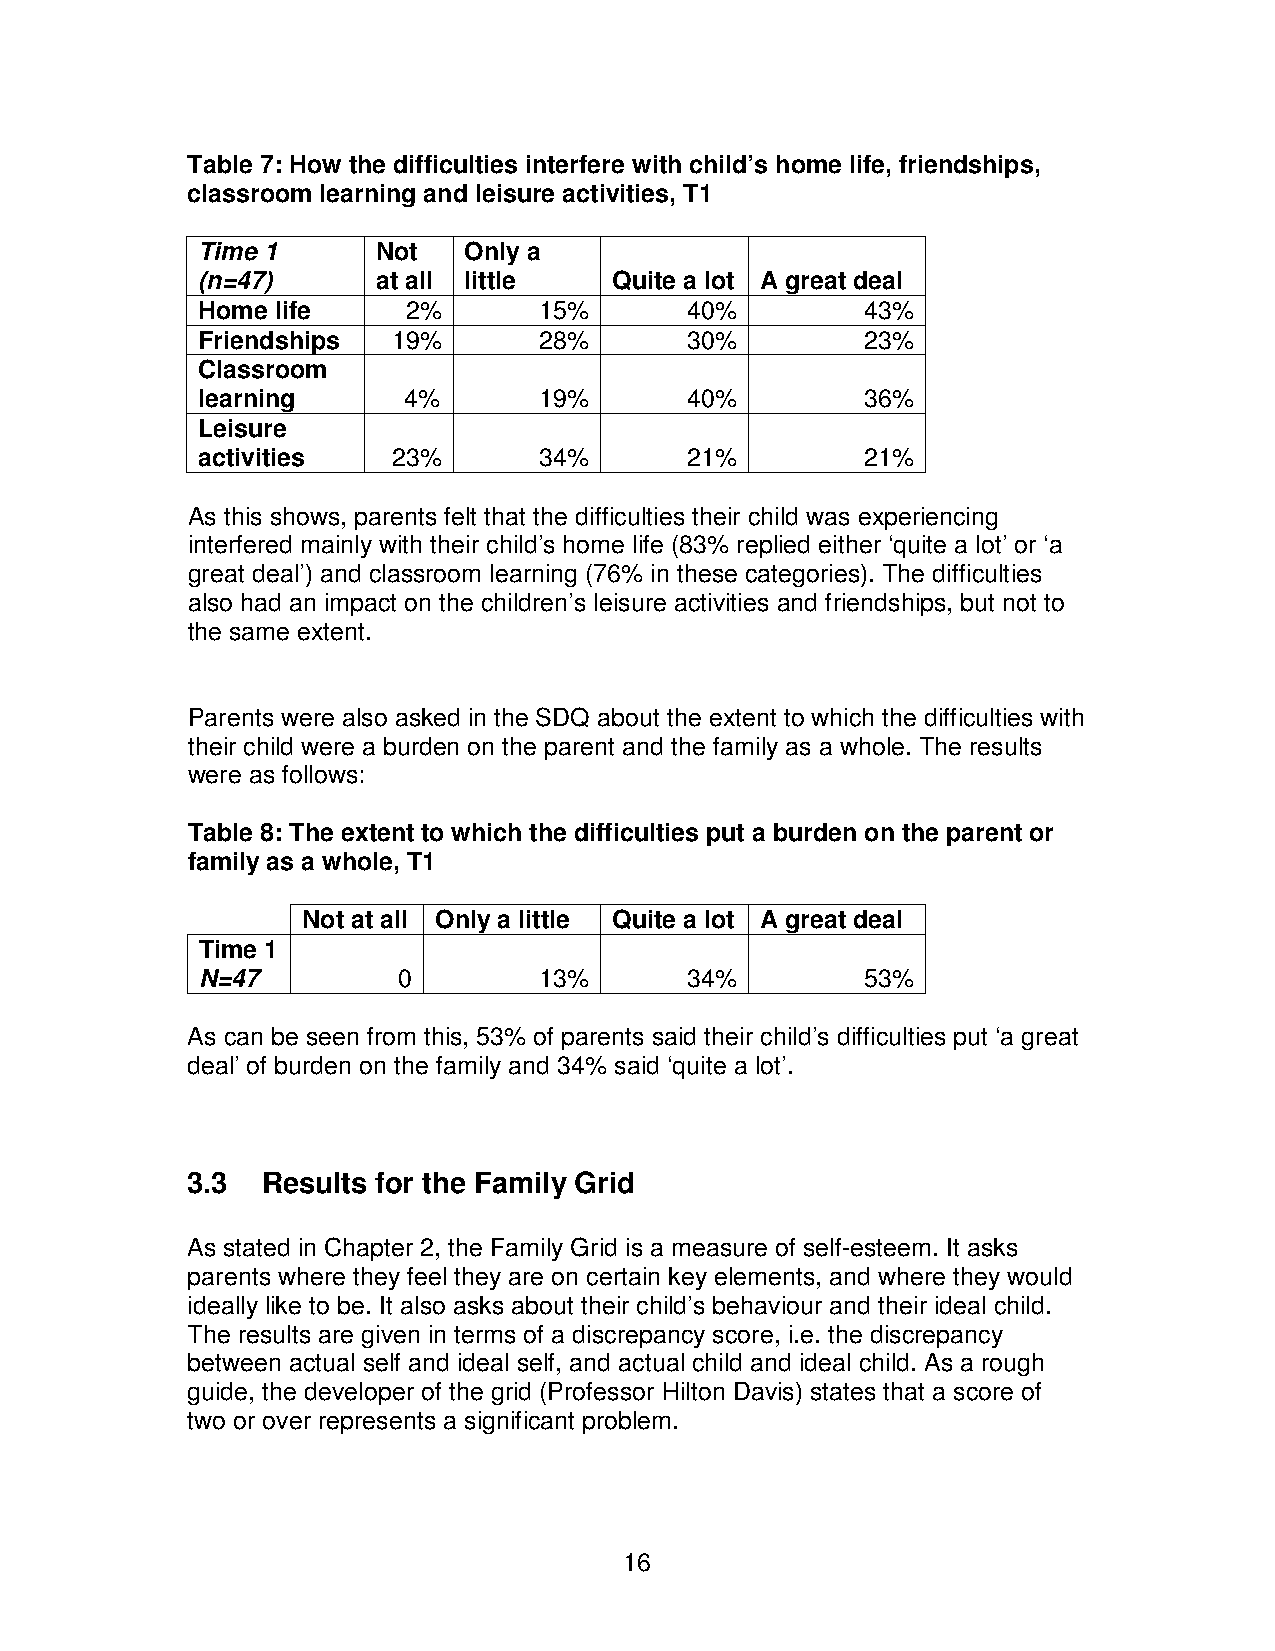
Table 7: How the difficulties interfere with child’s home life, friendships,
 classroom learning and leisure activities, T1
 Time 1      Not   Only a
 (n=47)      at all little   Quite a lot A great deal
 Home life     2%       15%       40%        43%
 Friendships  19%       28%       30%        23%
 Classroom
 learning      4%       19%       40%        36%
 Leisure
 activities   23%       34%       21%        21%
 As this shows, parents felt that the difficulties their child was experiencing
 interfered mainly with their child’s home life (83% replied either ‘quite a lot’ or ‘a
 great deal’) and classroom learning (76% in these categories). The difficulties
 also had an impact on the children’s leisure activities and friendships, but not to
 the same extent.
 Parents were also asked in the SDQ about the extent to which the difficulties with
 their child were a burden on the parent and the family as a whole. The results
 were as follows:
 Table 8: The extent to which the difficulties put a burden on the parent or
 family as a whole, T1
 Not at all Only a little Quite a lot A great deal
 Time 1
 N=47         0         13%       34%        53%
 As can be seen from this, 53% of parents said their child’s difficulties put ‘a great
 deal’ of burden on the family and 34% said ‘quite a lot’.
 3.3  Results for the Family Grid
 As stated in Chapter 2, the Family Grid is a measure of self-esteem. It asks
 parents where they feel they are on certain key elements, and where they would
 ideally like to be. It also asks about their child’s behaviour and their ideal child.
 The results are given in terms of a discrepancy score, i.e. the discrepancy
 between actual self and ideal self, and actual child and ideal child. As a rough
 guide, the developer of the grid (Professor Hilton Davis) states that a score of
 two or over represents a significant problem.
 16